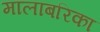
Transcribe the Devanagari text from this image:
मालाबरिका